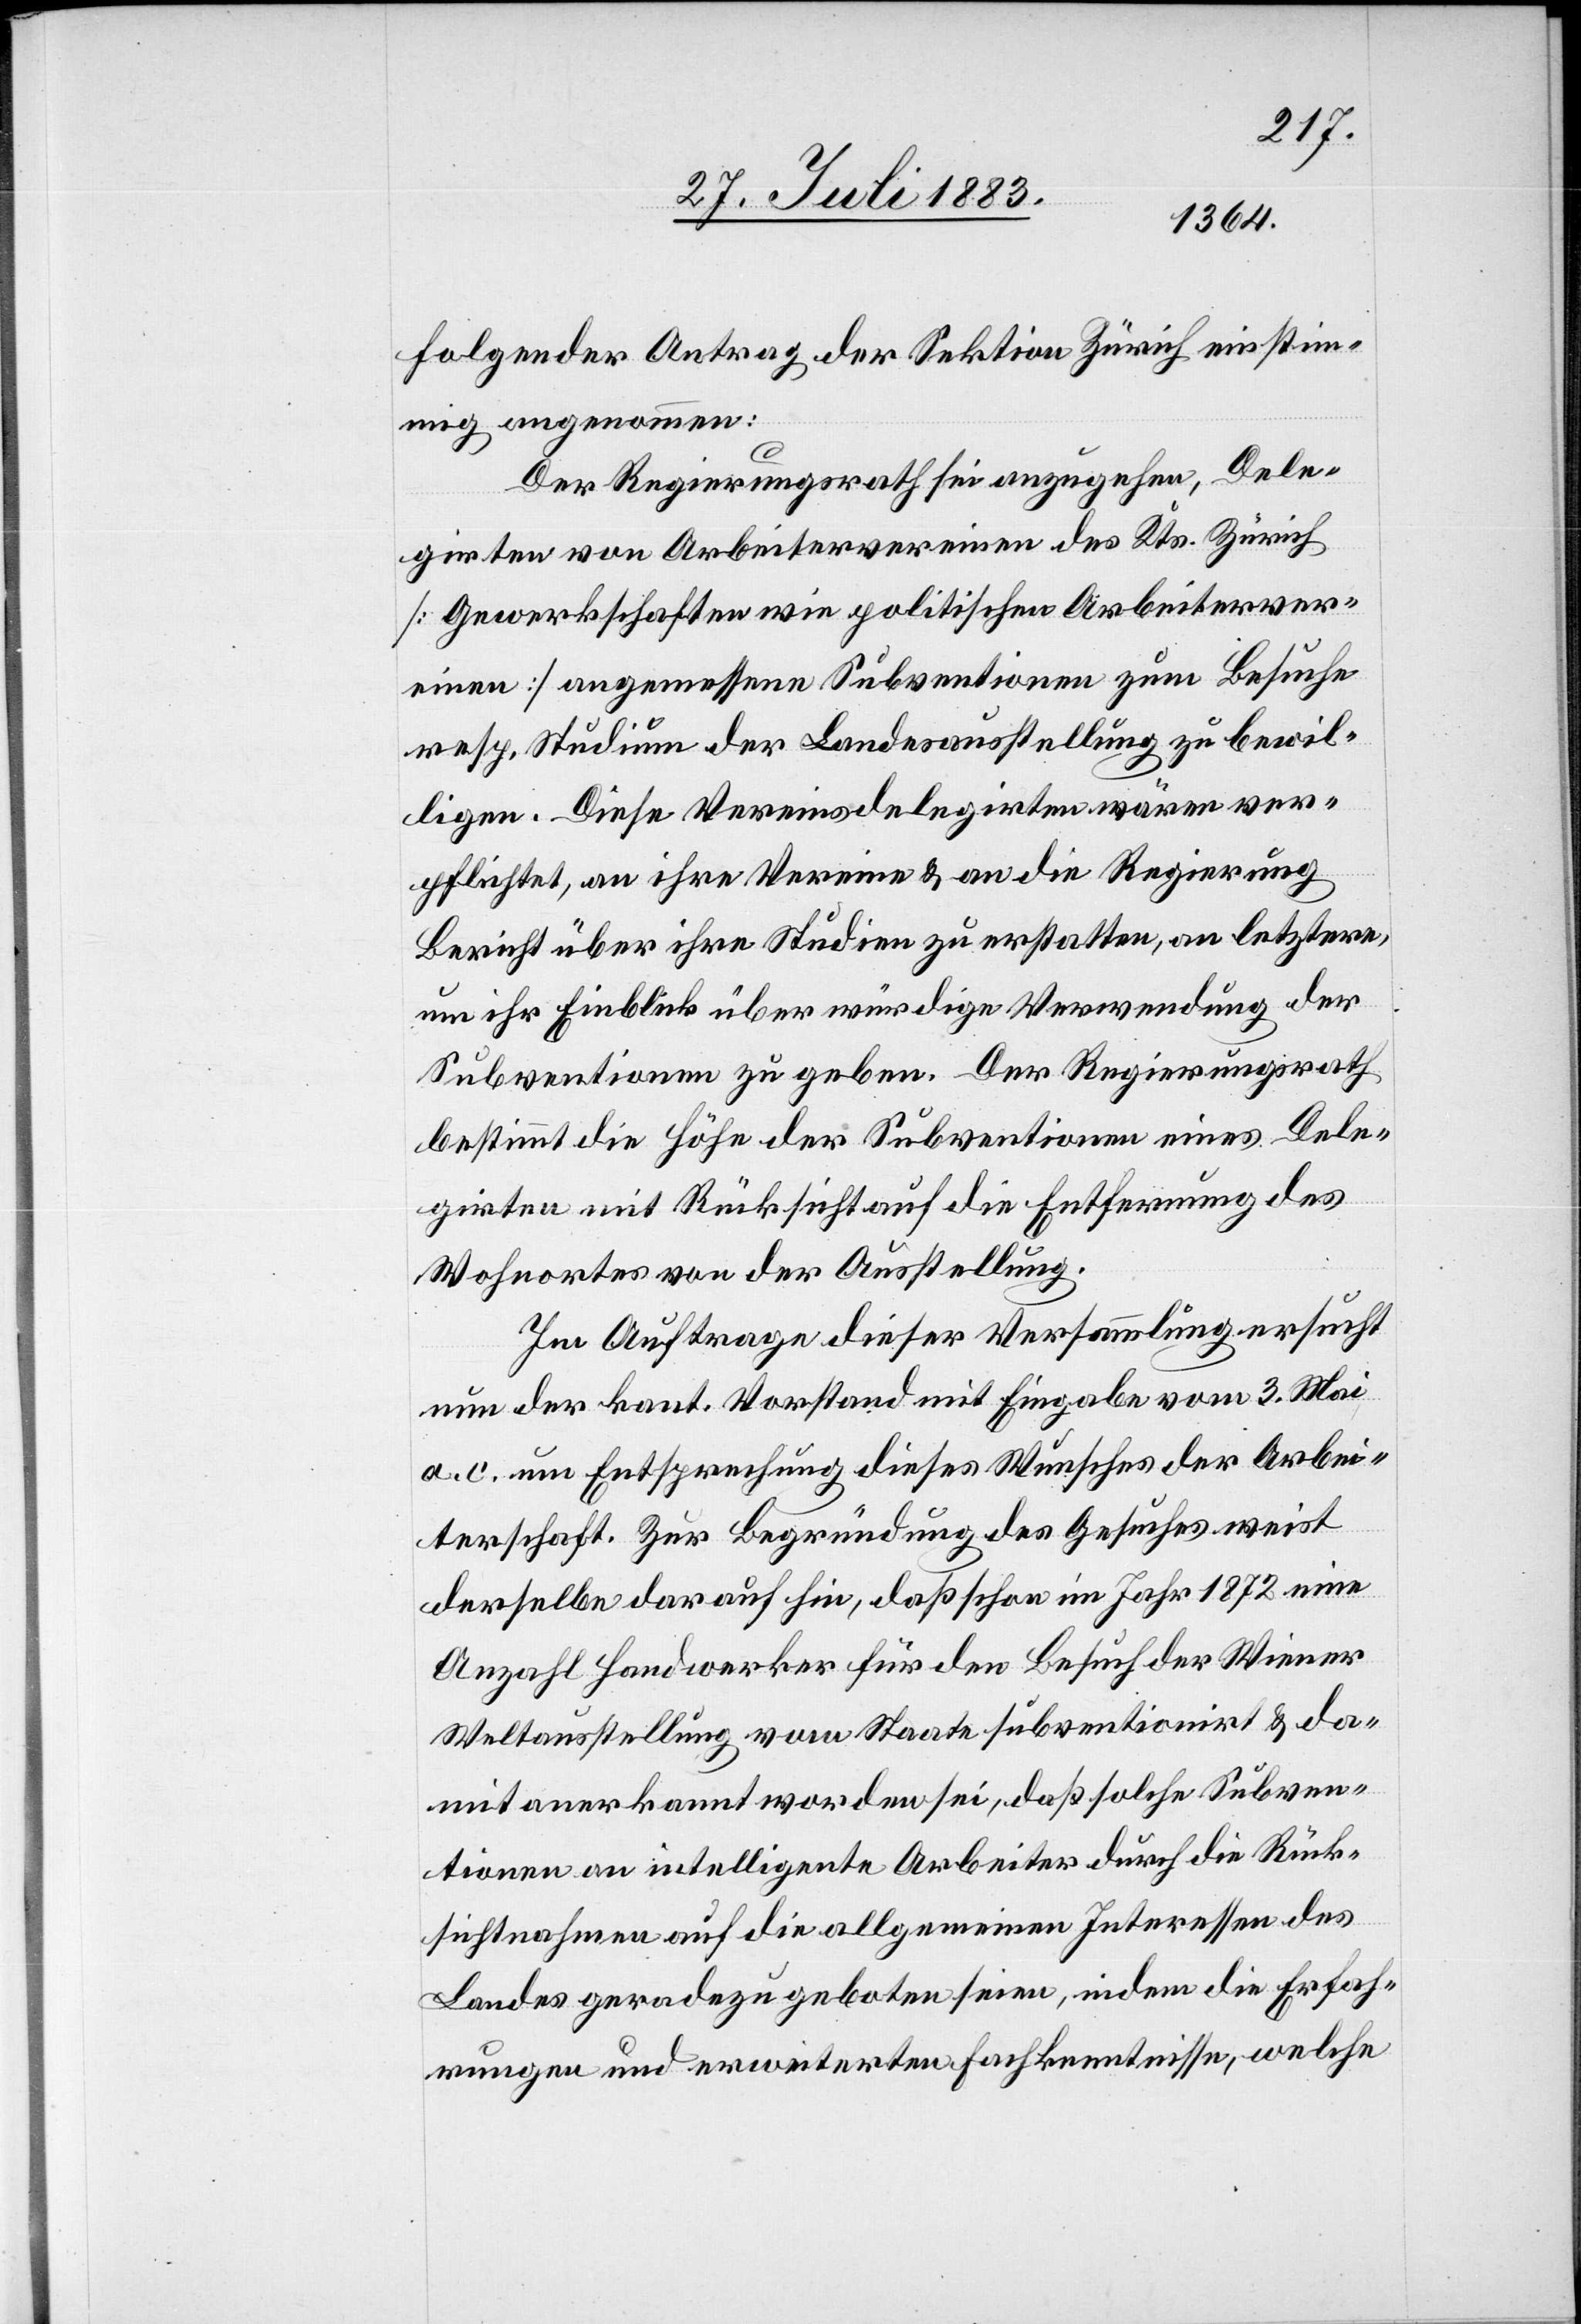
folgender Antrag der Sektion Zürich einstim¬
mig angenommen:
Der Regierungsrath sei anzugehen, Dele¬
girten von Arbeitervereinen des Kts. Zürich
[Gewerkschaften wie politische Arbeiterver¬
eine] angemessene Subventionen zum Besuche
resp. Studium der Landesausstellung zu bewil¬
ligen. Diese Vereinsdelegirten wären ver¬
pflichtet, an ihre Vereine & an die Regierung
Bericht über ihre Studien zu erstatten, an letztere,
um ihr Einblick über würdige Verwendung der
Subventionen zu geben. Der Regierungsrath
bestimmt die Höhe der Subventionen eines Dele¬
girten mit Rücksicht auf die Entfernung des
Wohnortes von der Ausstellung.
Im Auftrage dieser Versammlung ersucht
nun der kant. Vorstand mit Eingabe vom 3. Mai
a. c. um Entsprechung dieses Wunsches der Arbei¬
terschaft. Zur Begründung des Gesuches weist
derselbe darauf hin, daß schon im Jahr 1872 eine
Anzahl Handwerker für den Besuch der Wiener
Weltausstellung vom Staate subventionirt & da¬
mit anerkannt worden sei, daß solche Subven¬
tionen an intelligente Arbeiter durch die Rück¬
sichtnahme auf die allgemeinen Interessen des
Landes geradezu geboten seien, indem die Erfah¬
rungen und erweiterten Fachkenntnisse, welche